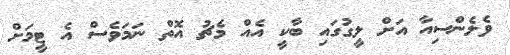
ވެލެންސިއާ އަށް ލީގުގައި ބާކީ އެއް މެޗު އޮތް ނަމަވެސް އެ ޓީމަށް